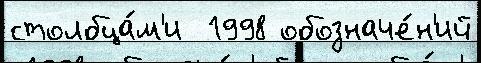
столбца́м'и  1998 обозначе́н'ий